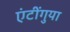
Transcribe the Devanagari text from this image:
एंटींगुया